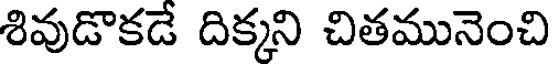
శివుడొకడే దిక్కని చితమునెంచి